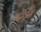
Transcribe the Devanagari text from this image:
स्टेंड्रिंग